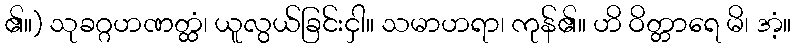
၏။) သုခဂ္ဂဟဏတ္ထံ၊ ယူလွယ်ခြင်းငှါ။ သမာဟရာ၊ ကုန်၏။ ဟိ ဝိတ္တာရေ မိ၊ အံ့။